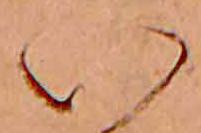
い